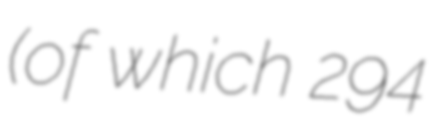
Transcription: (of which 294